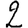
Digit: 2